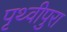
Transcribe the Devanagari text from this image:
पृथ्वीपुरा